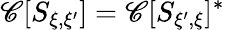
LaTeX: \mathscr{C}[S_{\xi,\xi^{\prime}}]=\mathscr{C}[S_{\xi^{\prime},\xi}]^{*}